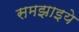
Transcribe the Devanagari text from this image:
समझाइये